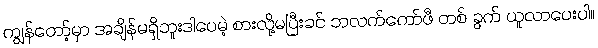
ကျွန်တော့်မှာ အချိန်မရှိဘူးဒါပေမဲ့ စားလို့မပြီးခင် ဘလက်ကော်ဖီ တစ် ခွက် ယူလာပေးပါ။